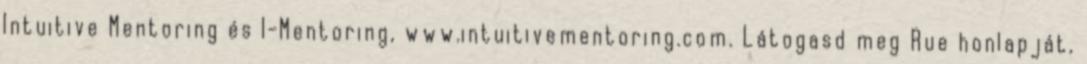
Intuitive Mentoring és I-Mentoring, www.intuitivementoring.com. Látogasd meg Rue honlapját,